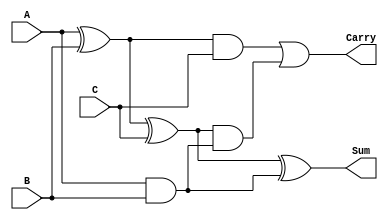
module carry_save_adder (
  input [7:0] A,
  input [7:0] B,
  input [7:0] C,
  output reg [7:0] Sum,
  output reg [7:0] Carry
);

reg [7:0] S1, C1, S2, C2, S3;

assign S1 = A ^ B;
assign C1 = A & B;

assign S2 = S1 ^ C;
assign C2 = S1 & C;

assign Sum = S2 ^ C1;
assign Carry = C2 | (S2 & C1);

endmodule